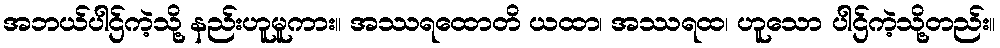
အဘယ်ပါဌ်ကဲ့သို့ နည်းဟူမူကား။ အဿရထောတိ ယထာ၊ အဿရထ၊ ဟူသော ပါဌ်ကဲ့သို့တည်း။